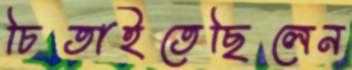
চিতাইতেছিলেন